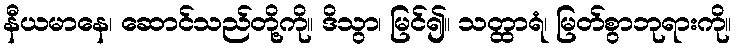
နီယမာနေ၊ ဆောင်သည်တို့ကို။ ဒိသွာ၊ မြင်၍။ သတ္ထာရံ၊ မြတ်စွာဘုရားကို။